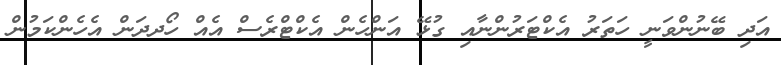
އަދި ބޭނުންވަނީ ހަތަރު އެކްޓަރުންނާއި ގުޅޭ އަންހެން އެކްޓްރެސް އެއް ހޯދދަން އެހެންކަމުން